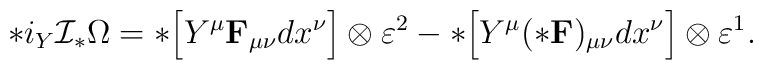
*i_Y{\cal I}_*\Omega=*\Bigl[Y^\mu {\bf F}_{\mu\nu}dx^\nu\Bigr]\otimes\varepsilon^2-*\Bigl[Y^\mu (*{\bf F})_{\mu\nu}dx^\nu\Bigr]\otimes\varepsilon^1.